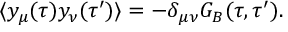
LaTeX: \langle y _ { \mu } ( \tau ) y _ { \nu } ( \tau ^ { \prime } ) \rangle = - \delta _ { \mu \nu } G _ { B } ( \tau , \tau ^ { \prime } ) .